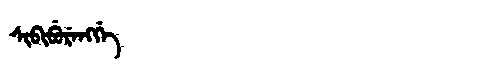
Manchu: ᠰᡳᠪᡳᠪᡠᡵᡝᠩᡤᡝ
Romanization: SIBIBURENGGE